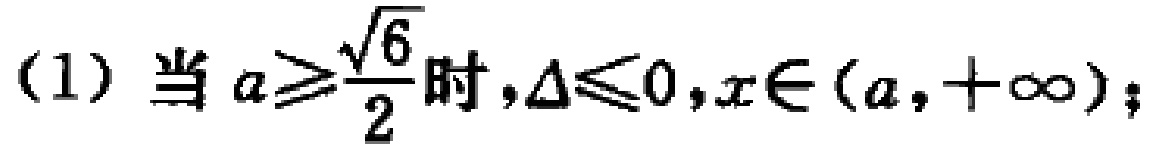
(1) 当 \(a\geqslant\frac{\sqrt{6}}{2}\) 时，\(\Delta\leqslant0\)，\(x\in(a,+\infty)\)；